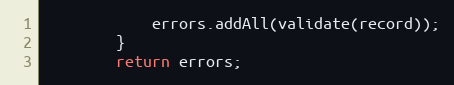
Language: Java
			errors.addAll(validate(record));
		}
		return errors;